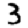
Digit: 3